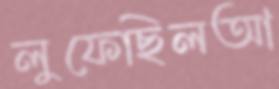
লুফেছিলআ